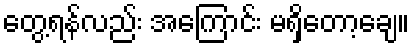
တွေ့ရန်လည်း အကြောင်း မရှိတော့ချေ။